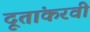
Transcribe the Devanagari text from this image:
दूतांकरवी